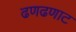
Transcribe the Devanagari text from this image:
ढणढणाट